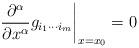
LaTeX: \begin{align*}\left. \frac{\partial^{\alpha}}{\partial x^{\alpha}}g_{i_{1}\cdots i_{m}} \right|_{x=x_{0}} = 0 \end{align*}